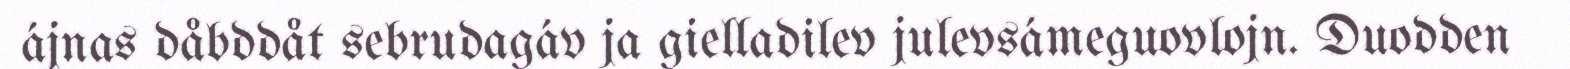
ájnas dåbddåt sebrudagáv ja gielladilev julevsámeguovlojn. Duodden